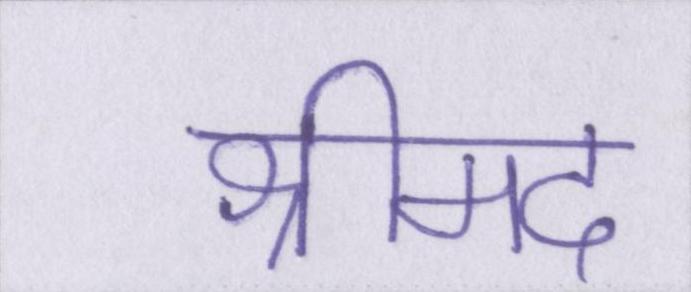
श्रीमद